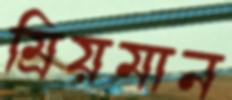
ম্রিয়মান